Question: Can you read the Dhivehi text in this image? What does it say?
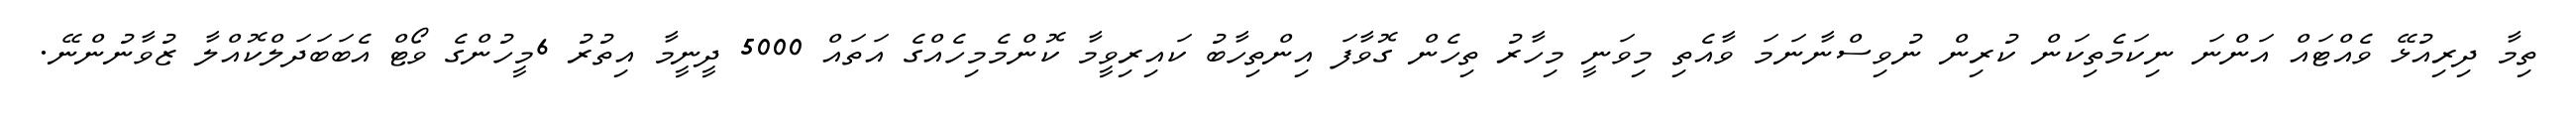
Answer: ތިމާ ދިރިއުޅޭ ވެއްޓައް އަންނަ ނިކަމެތިކަން ކުރިން ނުވިސްނާނަމަ ވާއެތި މިވަނީ މިހާރު ތިހެން ގޮވާފަ އިންތިހާބު ކައިރިވީމާ ކޮންމެމިހެއްގެ އަތައް 5000 ދީނީމާ އިތުރު 6މީހުންގެ ވޯޓް އެބަބަދަލްކޮއްލާ ޒުވާނުންނޭ.